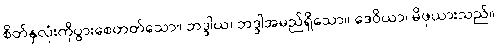
စိတ်နှလုံးကိုပွားစေတတ်သော။ ဘဒ္ဒါယ၊ ဘဒ္ဒါအမည်ရှိသော။ ဒေဝိယာ၊ မိဖုယားသည်။